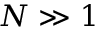
N \gg 1